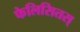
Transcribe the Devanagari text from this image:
फेलिसितस्